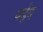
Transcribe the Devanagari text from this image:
बईद